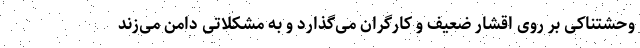
وحشتناکی بر روی اقشار ضعیف و کارگران می‌گذارد و به مشکلاتی دامن می‌زند